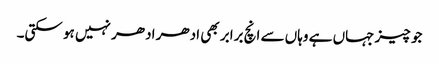
جو چیز جہاں ہے وہاں سے انچ برابر بھی ادھر ادھر نہیں ہو سکتی۔